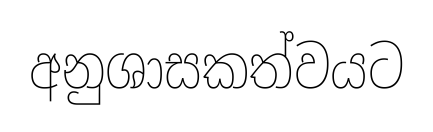
අනුශාසකත්වයට